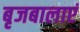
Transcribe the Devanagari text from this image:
बृजबालाएं